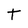
Character: t